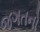
જગતનો